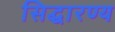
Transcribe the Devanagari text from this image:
सिद्धारण्य